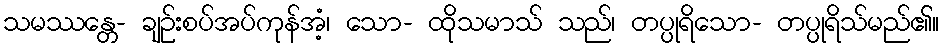
သမဿန္တေ- ချဉ်းစပ်အပ်ကုန်အံ့၊ သော- ထိုသမာသ် သည်၊ တပ္ပုရိသော- တပ္ပုရိသ်မည်၏။